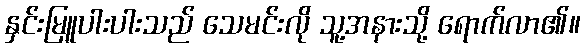
နှင်းမြူပါးပါးသည် သေမင်းလို သူ့အနားသို့ ရောက်လာ၏။